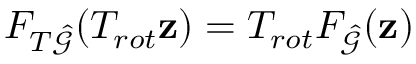
F _ { T \hat { \mathcal { G } } } ( T _ { r o t } \mathbf { z } ) = T _ { r o t } F _ { \hat { \mathcal { G } } } ( \mathbf { z } )